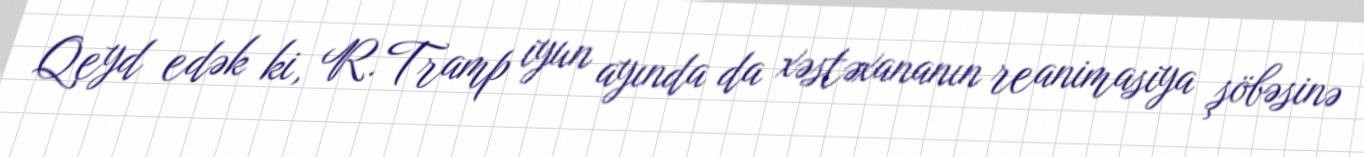
Qeyd edək ki, R. Tramp iyun ayında da xəstəxananın reanimasiya şöbəsinə